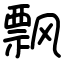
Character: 飘